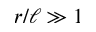
r / \ell \gg 1